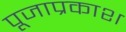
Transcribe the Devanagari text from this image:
पूजाप्रकाश